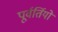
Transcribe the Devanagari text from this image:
पूर्वर्तियों